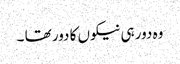
وہ دور ہی نیکوں کا دور تھا ۔